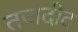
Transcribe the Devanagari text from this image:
तजदीद